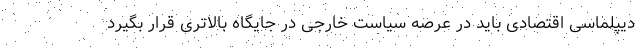
دیپلماسی اقتصادی باید در عرصه سیاست خارجی در جایگاه بالاتری قرار بگیرد